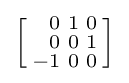
\left[{\begin{smallmatrix}{\phantom {+}}0&1&0\\{\phantom {+}}0&0&1\\-1&0&0\\\end{smallmatrix}}\right]